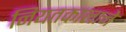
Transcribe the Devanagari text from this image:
नियतकालाने